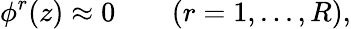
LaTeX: \phi^{r}(z)\approx 0\qquad(r=1,...,R),